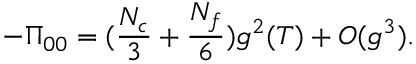
- \Pi _ { 0 0 } = ( \frac { N _ { c } } { 3 } + \frac { N _ { f } } { 6 } ) g ^ { 2 } ( T ) + O ( g ^ { 3 } ) .